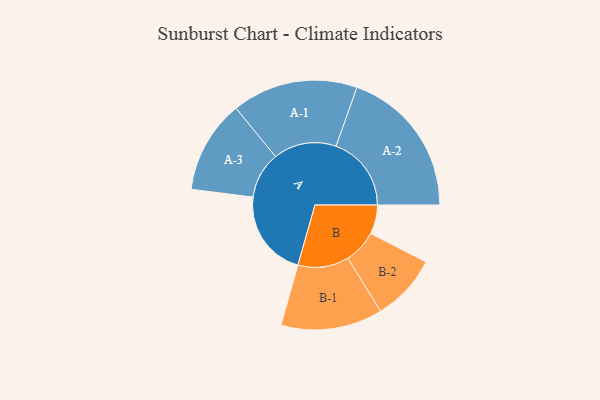
{"axis": {"x": "Segment", "y": "Value"}, "legend": ["", "A", "B"], "data": [{"x": "A", "y": 303, "type": ""}, {"x": "B", "y": 101, "type": ""}, {"x": "A-1", "y": 219, "type": "A"}, {"x": "A-2", "y": 262, "type": "A"}, {"x": "A-3", "y": 162, "type": "A"}, {"x": "B-1", "y": 177, "type": "B"}, {"x": "B-2", "y": 116, "type": "B"}]}